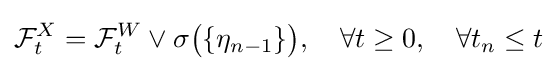
{\mathcal {F}}_{t}^{X}={\mathcal {F}}_{t}^{W}\vee \sigma {\big (}\{\eta _{n-1}\}{\big )},\quad \forall t\geq 0,\quad \forall t_{n}\leq t